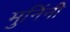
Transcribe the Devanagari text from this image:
मुनिंनी